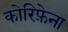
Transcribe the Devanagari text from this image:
कोरिफ़ेना